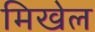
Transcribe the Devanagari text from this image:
मिखेल